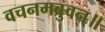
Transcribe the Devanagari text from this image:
वचनमब्रुवन्॥